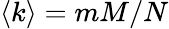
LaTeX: \langle k\rangle=mM/N